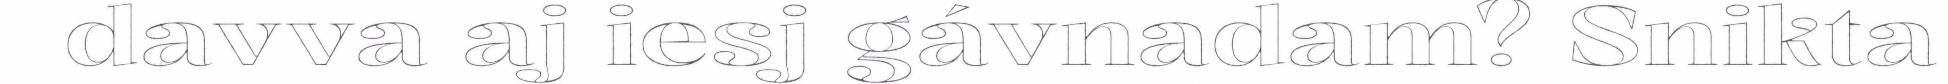
davva aj iesj gávnadam? Snikta